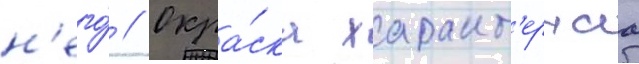
н'его́ // Окра́ска характ'ернаа